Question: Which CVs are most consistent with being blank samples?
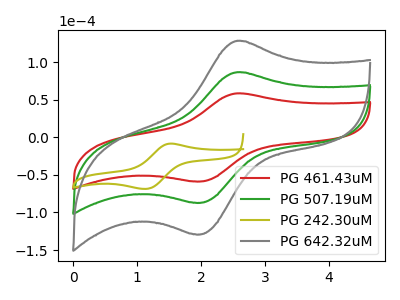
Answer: <think>The red curve "PG 461.43uM" has an anodic peak at (2.60V, 58.35uA) and a cathodic peak at (1.90V, -58.75uA). The green curve "PG 507.19uM" has an anodic peak at (2.60V, 86.50uA) and a cathodic peak at (1.90V, -87.05uA). The olive curve "PG 242.30uM" has an anodic peak at (1.55V, -8.35uA) and a cathodic peak at (1.15V, -68.65uA). The gray curve "PG 642.32uM" has an anodic peak at (2.60V, 173.00uA) and a cathodic peak at (1.90V, -174.10uA).</think>
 <answer>There are not any CV's on this graph that are likely to be blanks.</answer>
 <eval>none</eval>